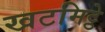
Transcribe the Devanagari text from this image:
खटमिट्ठे